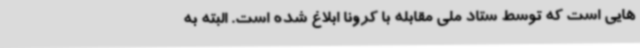
هایی است که توسط ستاد ملی مقابله با کرونا ابلاغ شده است. البته به